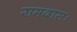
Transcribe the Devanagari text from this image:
रामदासः